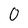
Character: 0